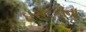
ઘસરકાના